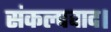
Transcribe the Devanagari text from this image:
संकल्पवाद।